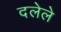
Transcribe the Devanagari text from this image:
दलेले